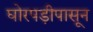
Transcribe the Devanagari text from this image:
घोरपड़ीपासून